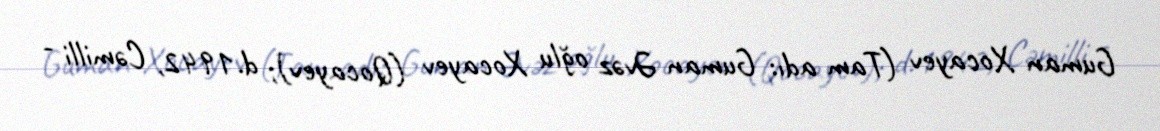
Guman Xocayev (Tam adı: Guman Əvəz oğlu Xocayev (Qocayev); d.1942, Cəmilli -